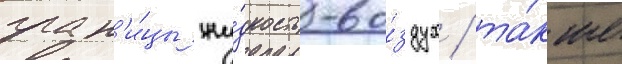
гран'и́цы жи́дкость-во́здух / та́кже